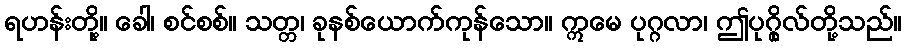
ရဟန်းတို့။ ခေါ၊ စင်စစ်။ သတ္တ၊ ခုနစ်ယောက်ကုန်သော။ ဣမေ ပုဂ္ဂလာ၊ ဤပုဂ္ဂိုလ်တို့သည်။